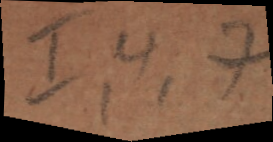
I, 4, 7